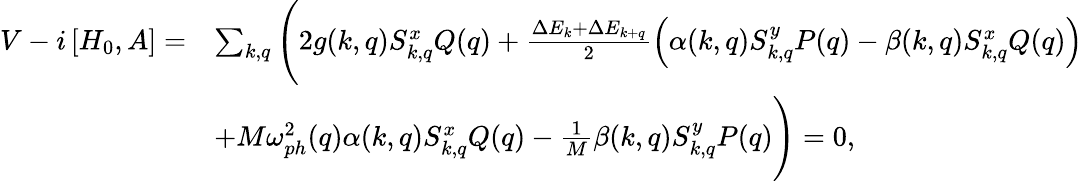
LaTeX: \begin{array}{rl}{V-i\left[H_{0},A\right]=}&{\sum_{k,q}\Bigg(2g(k,q)S_{k,q}^{x}Q(q)+\frac{\Delta E_{k}+\Delta E_{k+q}}{2}\left(\alpha(k,q)S_{k,q}^{y}P(q)-\beta(k,q)S_{k,q}^{x}Q(q)\right)}\\ &{+M\omega_{ph}^{2}(q)\alpha(k,q)S_{k,q}^{x}Q(q)-\frac{1}{M}\beta(k,q)S_{k,q}^{y}P(q)\Bigg)=0,}\end{array}